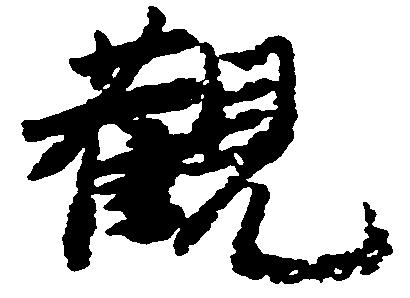
観